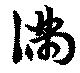
満